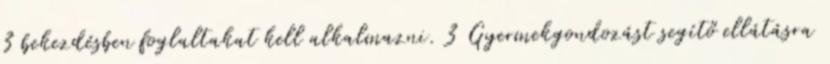
3 bekezdésben foglaltakat kell alkalmazni. 3 Gyermekgondozást segítő ellátásra